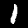
Label: 1